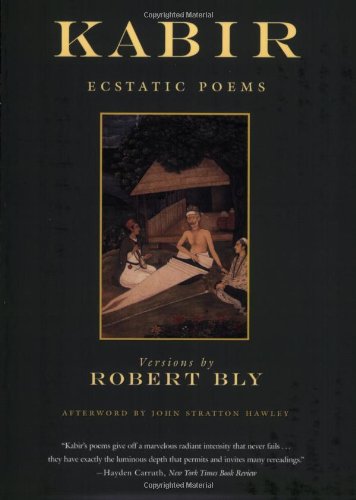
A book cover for Kabir: Ecstatic Poems; Kabir; Parenting & Relationships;